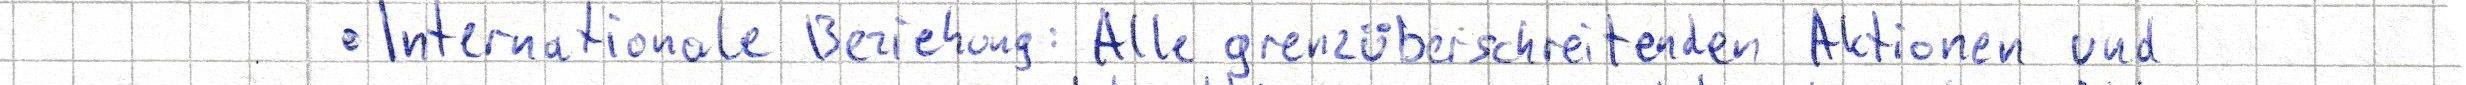
- Internationale Beziehung: Alle grenzüberschreitenden Aktionen und